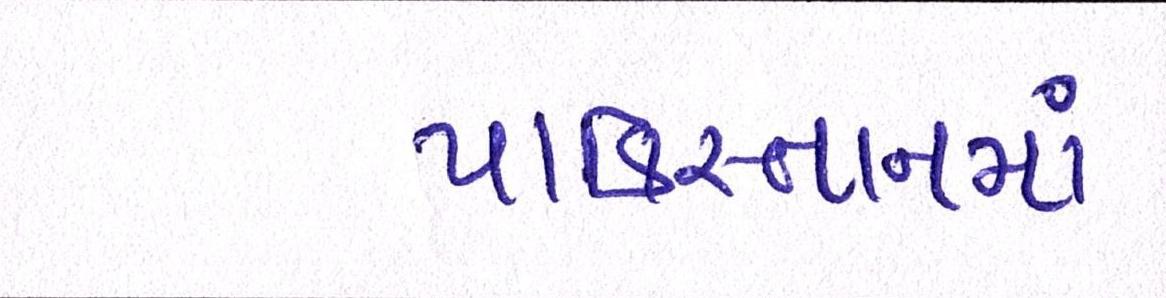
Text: પાકિસ્તાનમાં